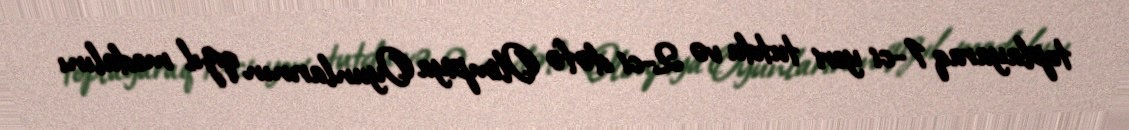
toplayaraq 1-ci yeri tutdu və 2-ci dəfə Olimpiya Oyunlarının qızıl medalını